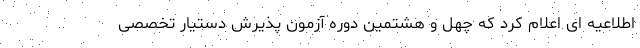
اطلاعیه ای اعلام کرد که چهل و هشتمین دوره آزمون پذیرش دستیار تخصصی